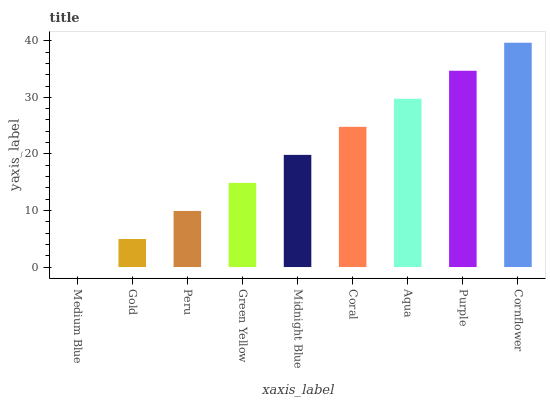
| xaxis_label | bars |
 | --- | --- |
 | Medium Blue | 0 |
 | Gold | 4.96 |
 | Peru | 9.91 |
 | Green Yellow | 14.9 |
 | Midnight Blue | 19.8 |
 | Coral | 24.8 |
 | Aqua | 29.7 |
 | Purple | 34.7 |
 | Cornflower | 39.7 |